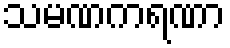
သမဏကရဏာ